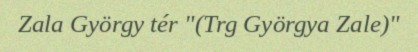
Zala György tér "(Trg Györgya Zale)"